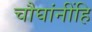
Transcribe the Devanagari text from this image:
चौघांनींहि